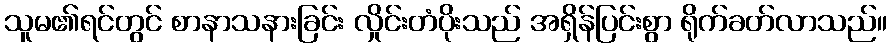
သူမ၏ရင်တွင် စာနာသနားခြင်း လှိုင်းတံပိုးသည် အရှိန်ပြင်းစွာ ရိုက်ခတ်လာသည်။